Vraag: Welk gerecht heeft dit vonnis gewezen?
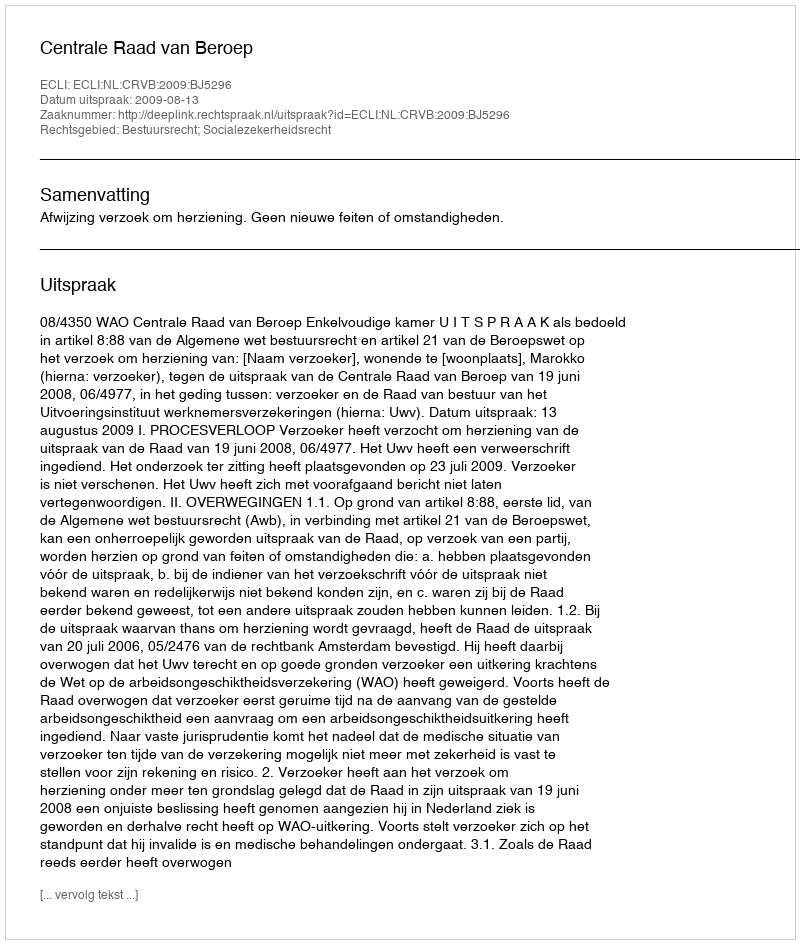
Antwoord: Centrale Raad van Beroep